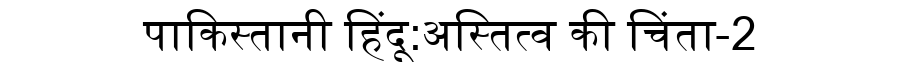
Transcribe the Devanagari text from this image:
पाकिस्तानी हिंदू:अस्तित्व की चिंता-2